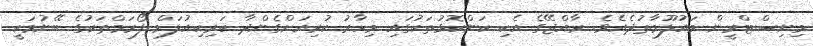
މިނިސްޓްރީން މައުލޫމާތުދެއެވެ. ރާއްޖޭގެ އެކި ކަންކޮޅުތަކުގައި މިހާރު ކުރިއަށްގެންދާ ކަރިކިއުލަމް ފޯރަމްތަކުގެ ބޭނުމަކީ